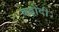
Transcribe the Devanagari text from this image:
बड़ोदी